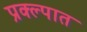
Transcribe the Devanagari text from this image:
प्रक्ल्पात